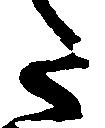
た